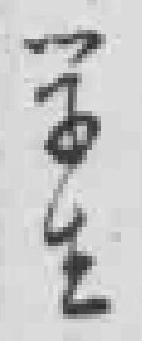
学生